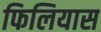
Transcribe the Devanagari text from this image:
फिलियास